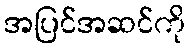
အပြင်အဆင်ကို